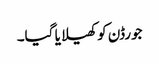
جورڈن کو کھیلا یا گیا۔